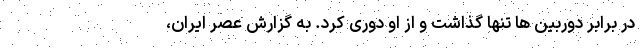
در برابر دوربین ها تنها گذاشت و از او دوری کرد. به گزارش عصر ایران،